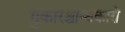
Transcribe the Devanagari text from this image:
गुकारश्चान्धकारो